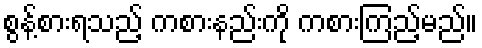
စွန့်စားရသည့် ကစားနည်းကို ကစားကြည့်မည်။